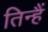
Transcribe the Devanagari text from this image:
तिन्‍हैं